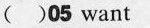
( )05want